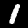
Label: 1